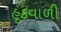
હૂકવાળી